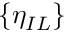
\{ \eta _ { I L } \}